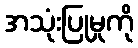
အသုံးပြုမှုကို